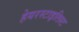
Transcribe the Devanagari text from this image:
हेयरस्टाइलिस्ट